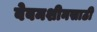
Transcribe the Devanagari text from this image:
वेबमशीनसाठी